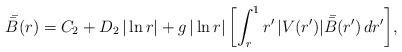
LaTeX: \begin{align*}\bar {\mskip-3mu\bar B} (r) = C_2+D_2\,|\ln r|+g\,|\ln r|\,\biggl[\int_r^1 r'\,|V(r')|\,\bar {\mskip-3mu\bar B}(r')\,dr'\biggr],\end{align*}